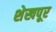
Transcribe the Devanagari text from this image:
शेखपूर